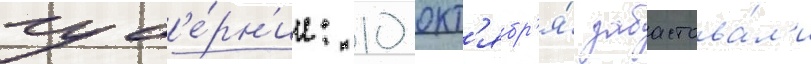
губ'е́рн'ии: 10 окт'ябр'я́ забастова́л'и